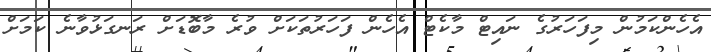
އެހެންކަމުން މިފަހަރުގެ ނައިޓް މާކެޓް އެހެން ފަހަރުތަކަށް ވުރެ މާބޮޑަށް ރަނގަޅުވާނެ ކަމަށް